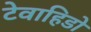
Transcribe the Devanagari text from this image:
टेवाहिडो